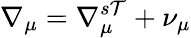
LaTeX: \nabla_{\mu}=\nabla_{\mu}^{s\mathcal{T}}+\nu_{\mu}